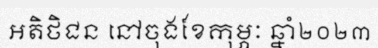
អតិថិជន នៅចុងខែកុម្ភៈ ឆ្នាំ២០២៣